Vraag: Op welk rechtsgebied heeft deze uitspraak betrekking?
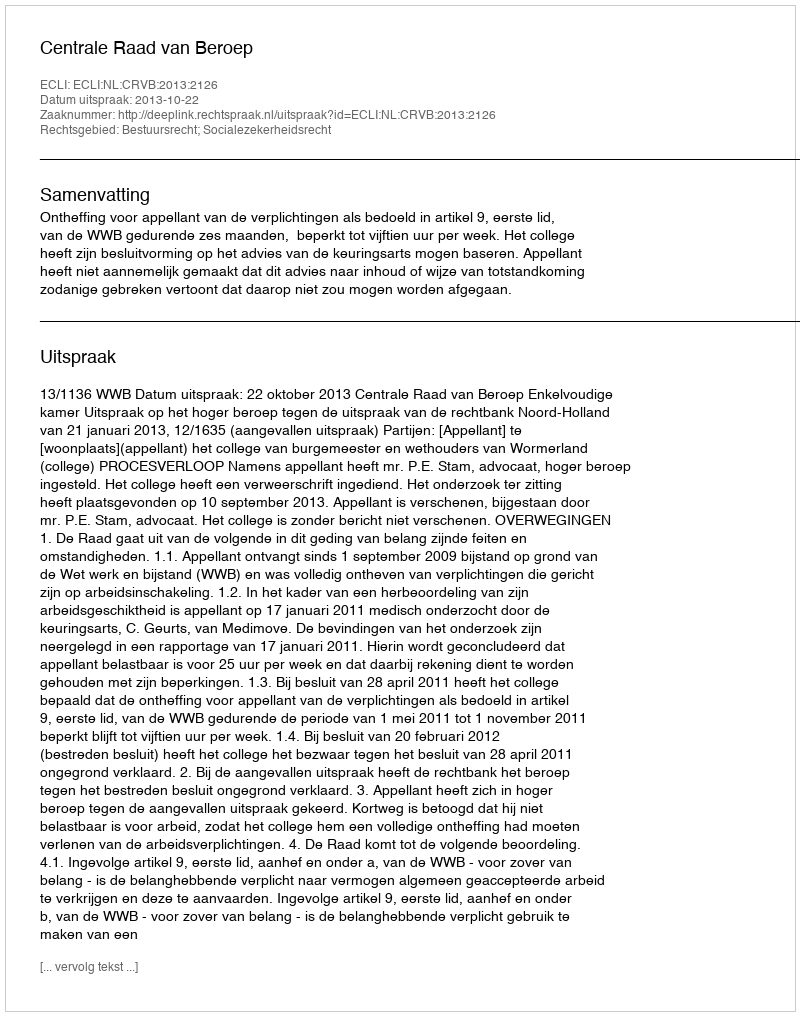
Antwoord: Bestuursrecht; Socialezekerheidsrecht